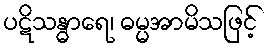
ပဋိသန္ဓာရေ၊ ဓမ္မအာမိသဖြင့်